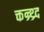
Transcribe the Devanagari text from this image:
क्तन्र्थ्र्द